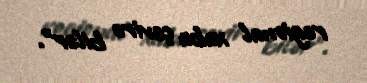
regional xaba çevirə bilər".